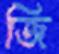
জি